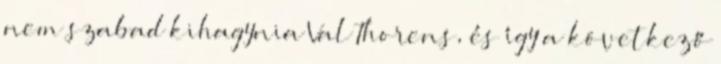
nem szabad kihagynia Val Thorens, és így a következő